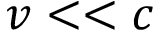
v < < c